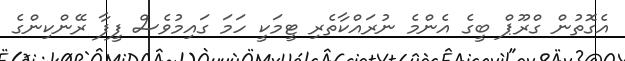
އެގޮތުން ގްރޫޕް ބީގެ އެންމެ ނުރައްކާތެރި ޓީމަކީ ހަމަ ގައިމުވެސް ފީފާ ރޭންކިންގެ